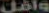
واقل